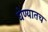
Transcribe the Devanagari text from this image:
घेण्यातच